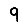
Digit: 9